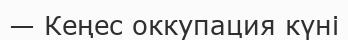
— Кеңес оккупация күні